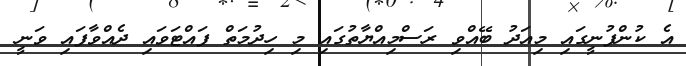
އެ ކުންފުނީގައި މިއަދު ބޭއްވި ރަސްމިއްޔާތުގައި މި ހިދުމަތް ފައްޓަވައި ދެއްވާފައި ވަނީ